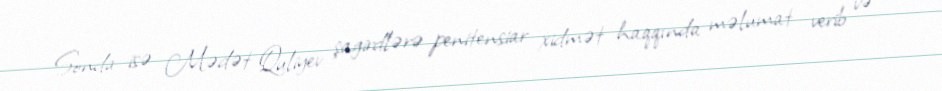
Sonda isə Mədət Quliyev şagirdlərə penitensiar xidmət haqqında məlumat verib və